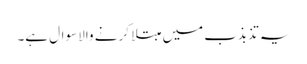
یہ تذبذب میں مبتلا کرنے والا سوال ہے۔